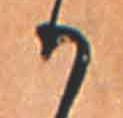
か